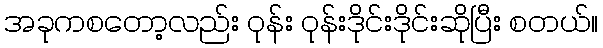
အခုကစတော့လည်း ဝုန်း ဝုန်းဒိုင်းဒိုင်းဆိုပြီး စတယ်။